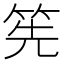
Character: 筅